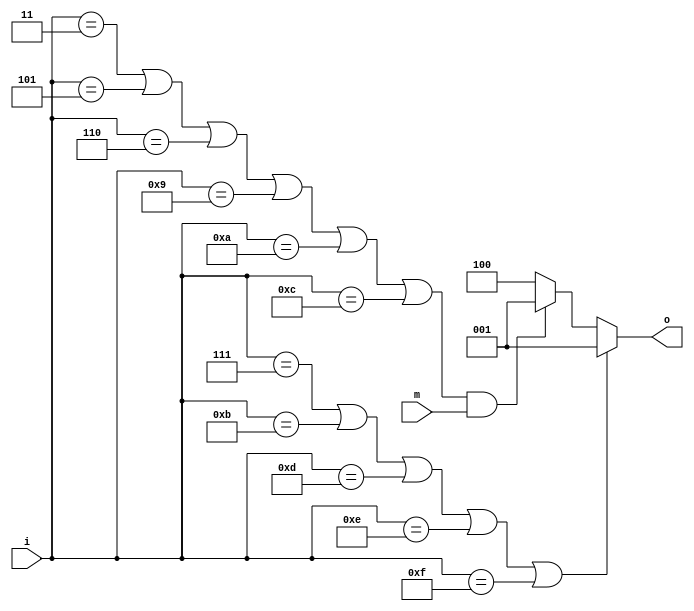
module voter_if_master (i, m, o);
input [3:0] i;
input m;
output [3:1] o;
reg [3:1] o;

always @ (  i or m ) begin
  if (i == 0 || i == 1 || i == 2 || i == 4 || i == 8) begin
    o = 3'b100;
  end

  if ((i == 3 || i == 5 || i == 6 || i == 9 || i == 10 || i == 12) && m == 1) begin
    o = 3'b001;
  end else begin
    o = 3'b100;
  end

  if (i == 7 || i == 11 || i == 13 || i == 14 || i == 15) begin
    o = 3'b001;
  end

end
endmodule // voter_if_master